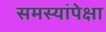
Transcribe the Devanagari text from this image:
समस्यांपेक्षा